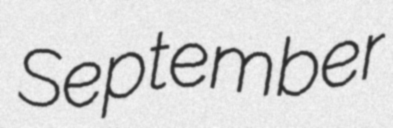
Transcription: September